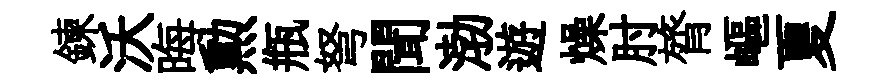
鍊沃晦勲瓶弩聞渤遊燥肘膂嶇夏